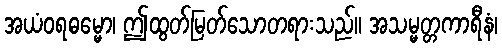
အယံဝရဓမ္မော၊ ဤထွတ်မြတ်သောတရားသည်။ အသမ္မတ္တကာရီနံ၊